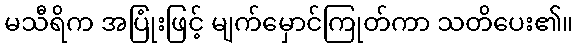
မသီရိက အပြုံးဖြင့် မျက်မှောင်ကြုတ်ကာ သတိပေး၏။